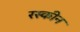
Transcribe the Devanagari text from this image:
रस्कीन